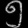
Digit: ၅